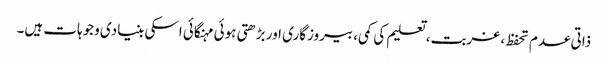
ذاتی عدم تحفظ، غربت، تعلیم کی کمی، بیروزگاری اور بڑھتی ہوئی مہنگائی اسکی بنیادی وجوہات ہیں۔